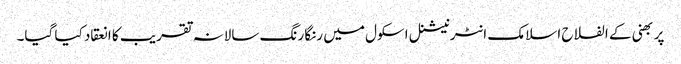
پربھنی کے الفلاح اسلامک انٹرنیشنل اسکول میں رنگا رنگ سالانہ تقریب کا انعقاد کیا گیا۔